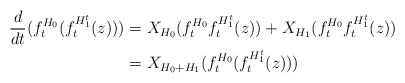
\begin{align*}\frac{d}{dt}(f_{t}^{H_{0}}(f_{t}^{H_{1}^{t}}(z))) & =X_{H_{0}}(f_{t}^{H_{0}}f_{t}^{H_{1}^{t}}(z))+X_{H_{1}}(f_{t}^{H_{0}}f_{t}^{H_{1}^{t}}(z))\\& =X_{H_{0}+H_{1}}(f_{t}^{H_{0}}(f_{t}^{H_{1}^{t}}(z)))\end{align*}